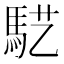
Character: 𱄓